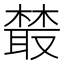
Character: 樷